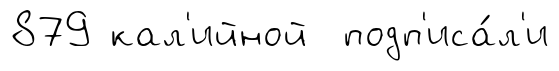
879 кал'ийной подп'иса́л'и